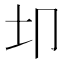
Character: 𫭘